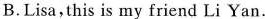
B.Lisa,this is my friend Li Yan.